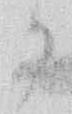
か